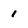
Character: 1